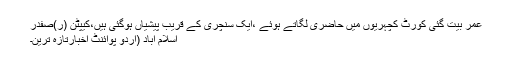
عمر بیت گئی کورٹ کچہریوں میں حاضری لگاتے ہوئے ،ایک سنچری کے قریب پیشیاں ہوگئی ہیں،کیپٹن (ر)صفدر
اسلام آباد (اُردو پوائنٹ اخبارتازہ ترین۔